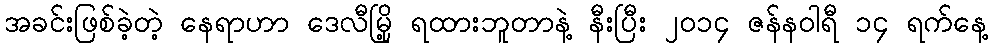
အခင်းဖြစ်ခဲ့တဲ့ နေရာဟာ ဒေလီမြို့ ရထားဘူတာနဲ့ နီးပြီး ၂၀၁၄ ဇန်နဝါရီ ၁၄ ရက်နေ့